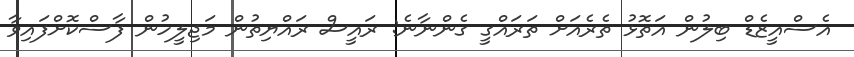
އެސްއީޒެޑް ބިލުން އަތޮޅު ތެރެއަށް ތަރައްގީ ގެންނާނެ: ރައީސް ރައްޔިތުން މަޖިލީހުން ފާސްކޮށްފައިވާ